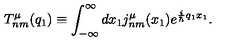
T _ { n m } ^ { \mu } ( q _ { 1 } ) \equiv \int _ { - \infty } ^ { \infty } d x _ { 1 } j _ { n m } ^ { \mu } ( x _ { 1 } ) e ^ { \frac { i } { \hbar } q _ { 1 } x _ { 1 } } .